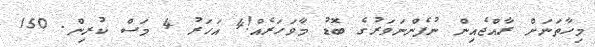
މިހާތަނަށް ރާއްޖެއިން ނުފެންނަވަރުގެ ބޮޑު މާވަހަރެއް!4 އަހަރު 4 މަސް ކުރިން. 150